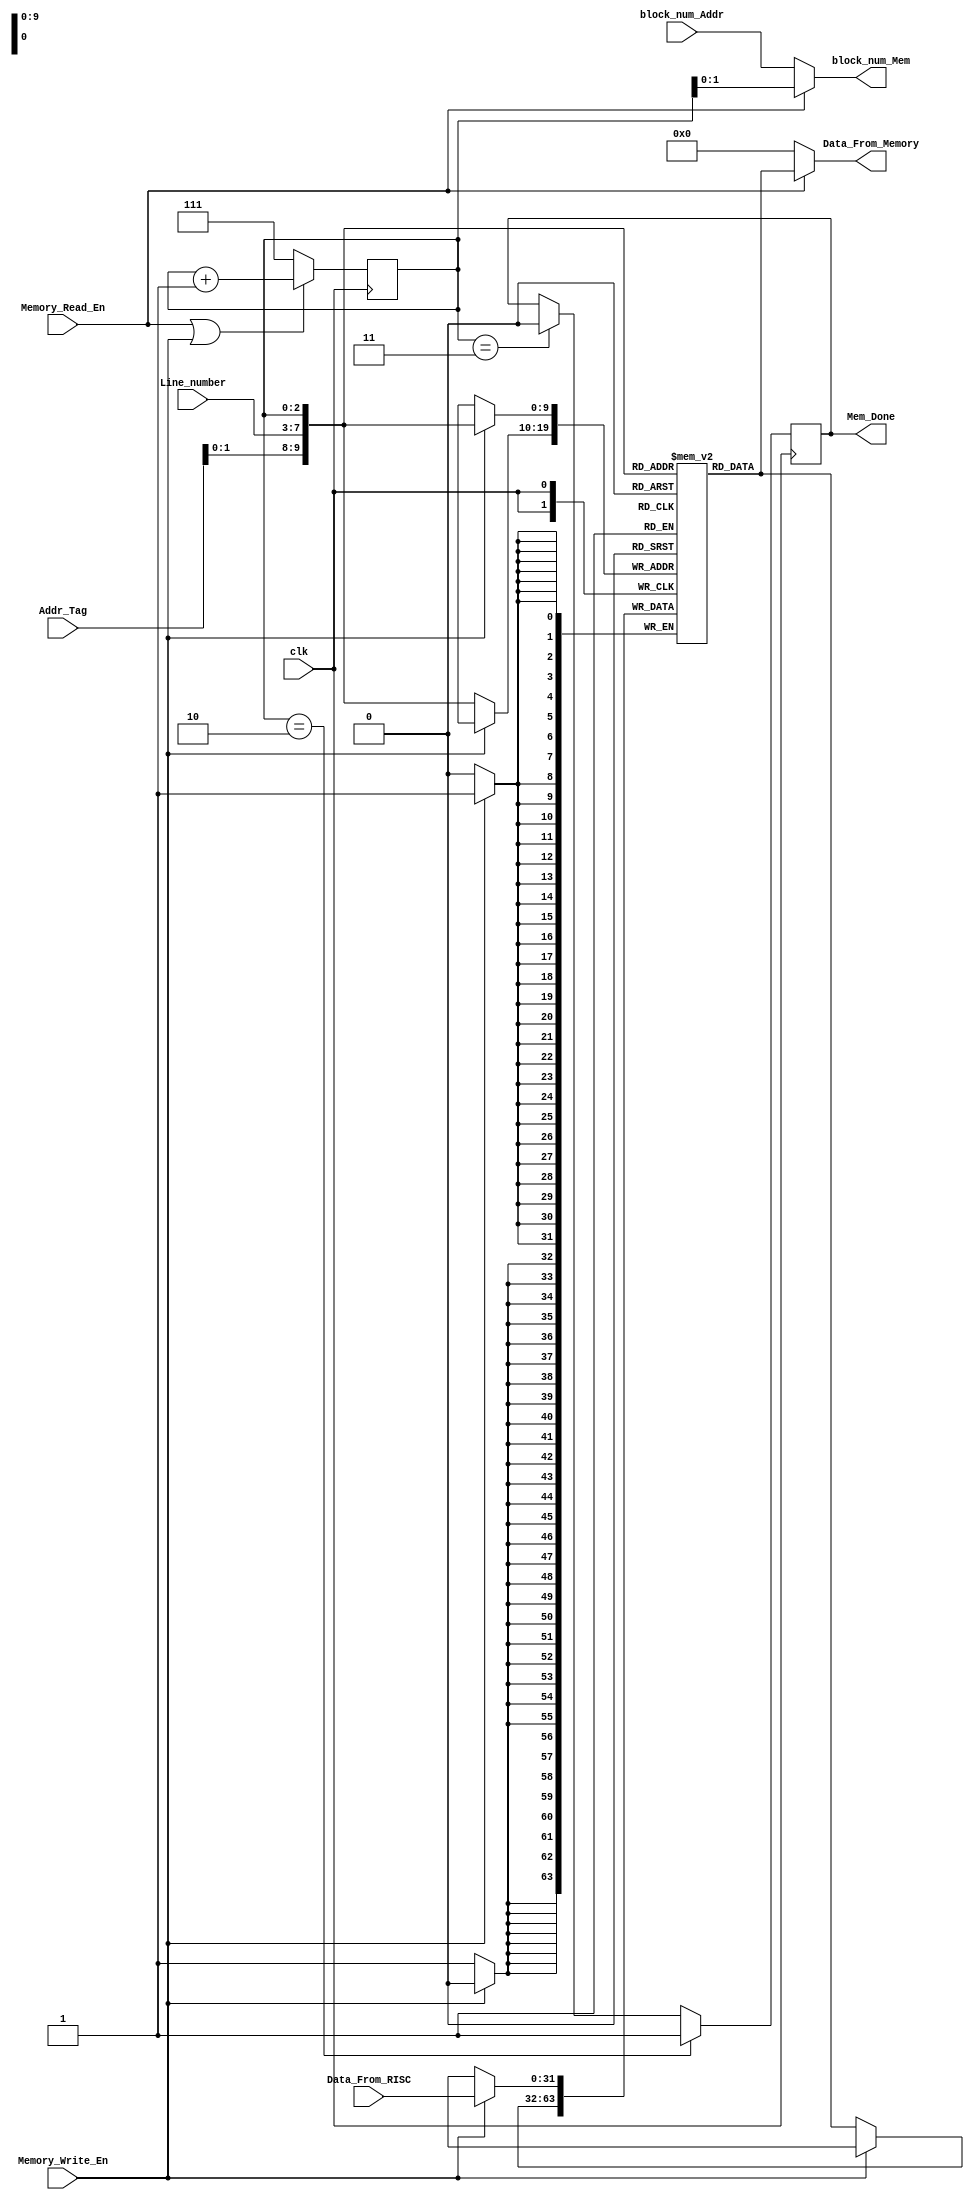
module Main_Memory (clk, Line_number, block_num_Addr, Addr_Tag, Memory_Read_En, Memory_Write_En, Data_From_RISC, Data_From_Memory, block_num_Mem, Mem_Done);
//ports declarations
input clk, Memory_Read_En, Memory_Write_En;
input [1:0] block_num_Addr;
input [2:0] Addr_Tag;
input [4:0] Line_number;
input [31:0] Data_From_RISC;
output reg Mem_Done;
output [1:0] block_num_Mem;
output [31:0] Data_From_Memory;

//signal declarations
wire [9:0] Addr;
reg [2:0] block_num;
reg [31:0] memory_ram [0:1023];

//address extraction
assign Addr = {Addr_Tag, Line_number, block_num};
assign block_num_Mem = (Memory_Read_En == 1'b1)? block_num[1:0] : block_num_Addr;

//read from memory 
assign Data_From_Memory = (Memory_Read_En == 1'b1)? memory_ram[Addr] : 32'h0000_0000;

//write into the memory
always @(negedge clk) begin
    if (Memory_Write_En == 1'b1)
        memory_ram[Addr] <= Data_From_RISC;
    else
        memory_ram[Addr] <= memory_ram[Addr];
end

//generate block number  to access words asround the target and count the number of cycle 
always @(posedge clk) begin
    if (Memory_Read_En == 1'b1 || Memory_Write_En == 1'b1)
        block_num <= block_num + 1;
    else 
        block_num <= 3'b111;
end

//generate memory done signal
always @(negedge clk) begin
    if (block_num == 3'b010)
        Mem_Done <= 1'b1;
    else if (block_num == 3'b011)
        Mem_Done <= 1'b0;
    else 
        Mem_Done <= Mem_Done;
end
endmodule